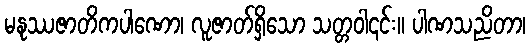
မနုဿဇာတိကပါဏော၊ လူဇာတ်ရှိသော သတ္တဝါ၎င်း။ ပါဏသညိတာ၊